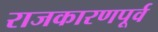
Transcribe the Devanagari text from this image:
राजकारणपूर्व